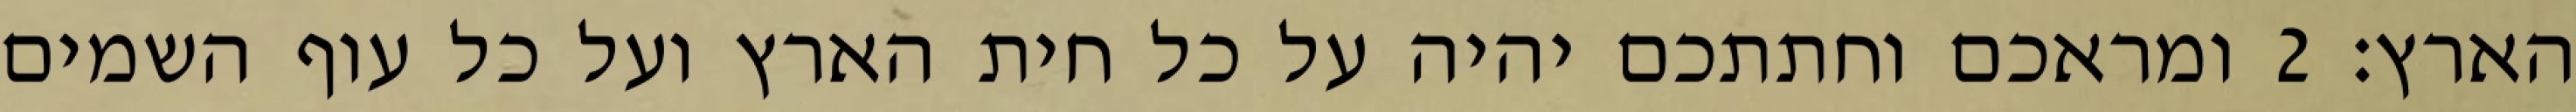
הארץ׃ ‎2‏ ומראכם וחתתכם יהיה על כל חית הארץ ועל כל עוף השמים